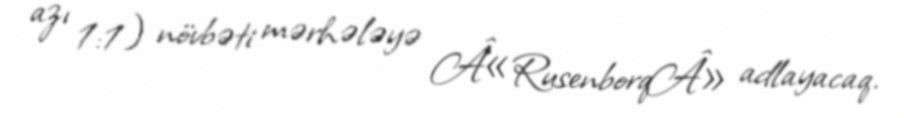
azı 1:1) növbəti mərhələyə Â«RusenborqÂ» adlayacaq.